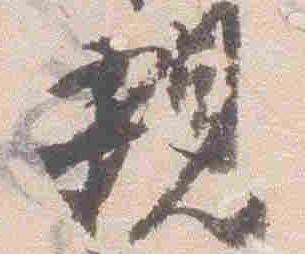
親